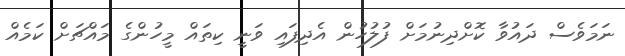
ނަމަވެސް ދައުވާ ކޮށްދިނުމަށް ފުލުހުން އެދިފައި ވަނީ ކިތައް މީހުންގެ މައްޗަށް ކަމެއް